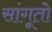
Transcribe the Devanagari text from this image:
सांगूतो